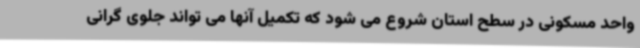
واحد مسکونی در سطح استان شروع می شود که تکمیل آنها می تواند جلوی گرانی